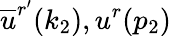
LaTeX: \overline{{u}}^{r^{\prime}}(k_{2}),u^{r}(p_{2})